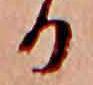
る